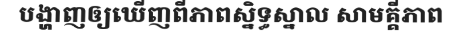
បង្ហាញឲ្យឃើញពីភាពស្និទ្ធស្នាល សាមគ្គីភាព